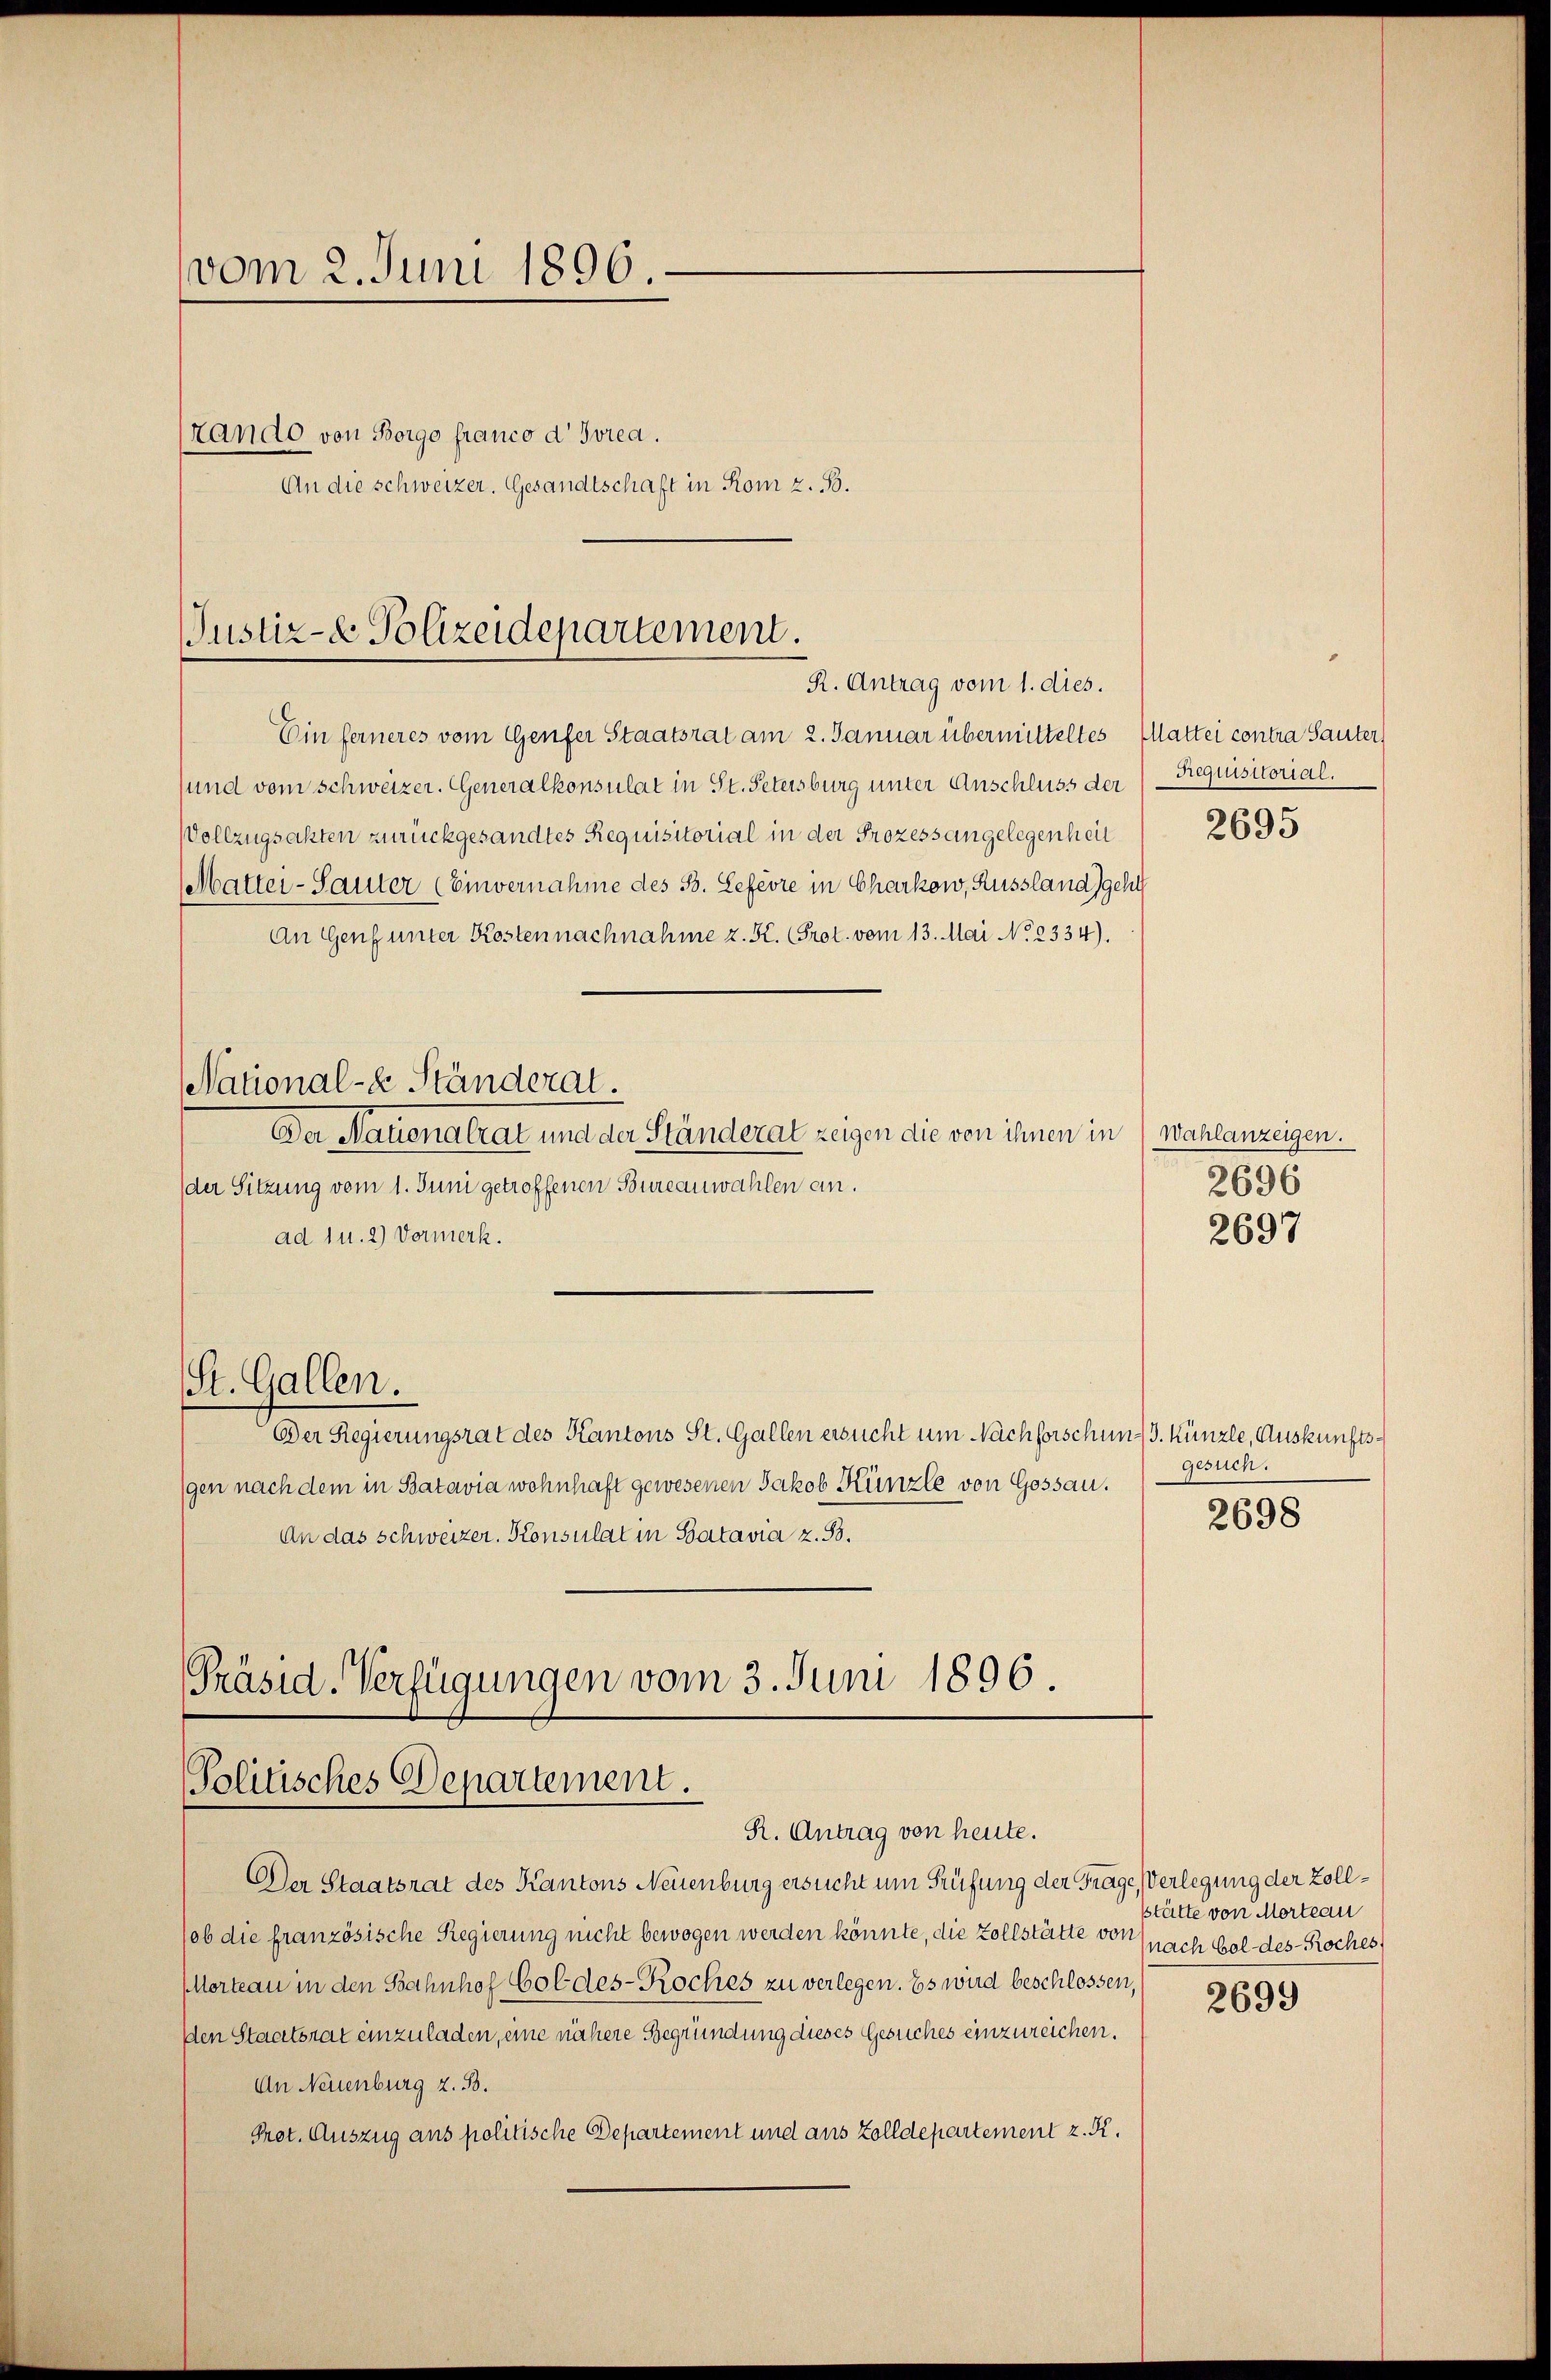
vom 2. Juni 1896
Lando von Borgo franco d Ivrea.
An die Schweizer. Gesandtschaft in Rom z. B.

Justiz- & Polizeidepartement.
R. Antrag vom 1. dies.

Ein ferneres vom Genfer Staatsrat am 2. Januar übermitteltes Mattei contra Sauter)
sund vom schweizer. Generalkonsulat in St. Petersburg unter Anschluss der
Vollzugsakten zurückgesandtes Requisitorial in der Prozessangelegenheit
Matter-Sauter (Einvernahme des B. Lefevre in Charkow, Russland geht
An Genf unter Kosten nachnahme z. K. (Prot. vom 13. Mai No 2334).
National-E. Ständerat.
Der Nationalrat und der Ständerat zeigen die von ihnen in Wahlanzeigen.
(der Sitzung vom 1. Juni getroffenen Bureauwahlen ein.
ad 1. 2) Vormerk.
(St. Gallen.
Der Regierungsrat des Kantons St. Gallen ersucht um Nachforschung. Künzle, Auskunftsgen nach dem in Batavia wohnhaft gewesenen Jakob Künzle von Gossau.
An das schweizer. Konsulat in Batavia z. B.
Präsid-Verfügungen vom 3. Juni 1896.

Politisches Departement.
R. Antrag von heute.

Der Staatsrat des Kantons Neuenburg ersucht um Prüfung der Frage, Verlegung der Zollob die französische Regierung nicht bewogen werden könnte, die Zollstätte von
MMorteau in den Bahnhof Goldes-Koches zu verlegen. Es wird beschlossen,
den Staatsrat einzuladen, eine nähere Begründung dieses Gesuches einzureichen.
An Neuenburg z. B.
Prot. Auszug aus politische Departement und aus Zolldepartement z. K.

Requisitorial.
2695

2696

2697

gesuch.
2698

Stätte von Morteau
nach bol des - Roches,

2699